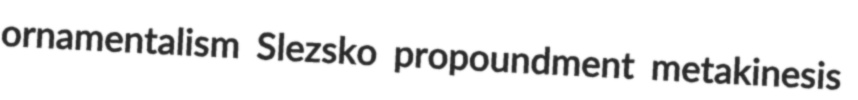
ornamentalism Slezsko propoundment metakinesis